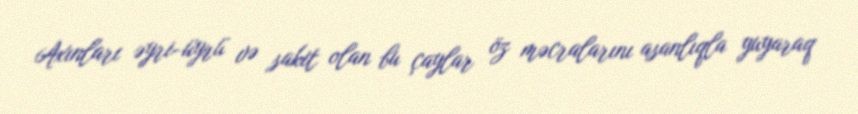
Axınları əyri-üyrü və sakit olan bu çaylar öz məcralarını asanlıqla yuyaraq